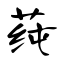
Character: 莼